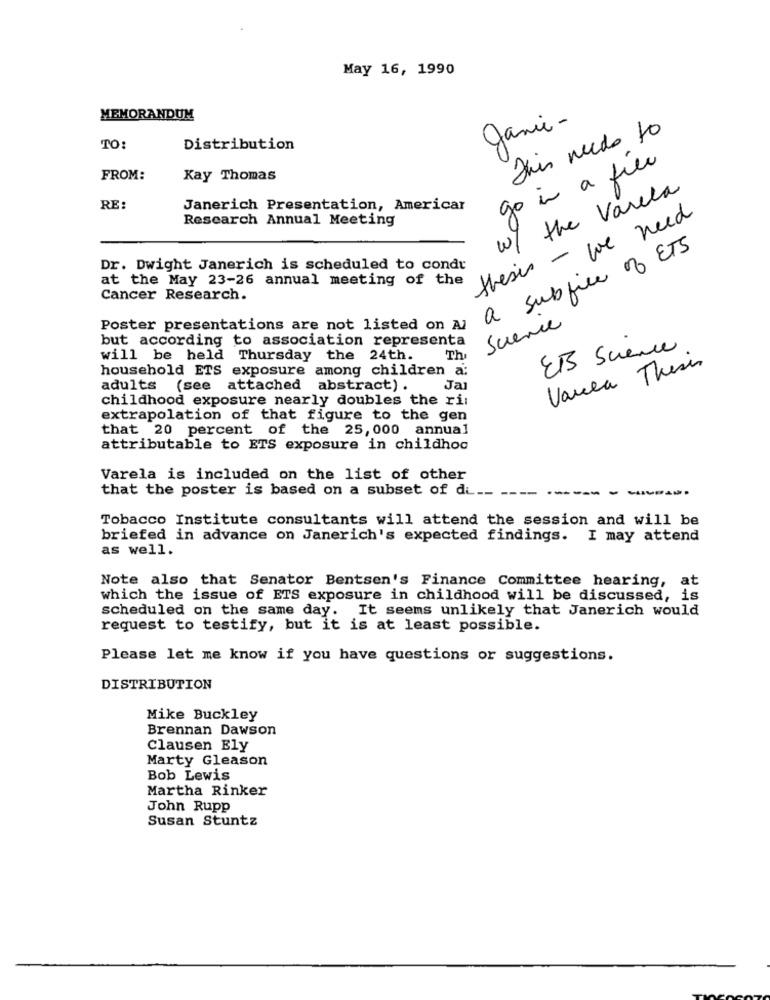
May 16, 1990
MEMORANDUM
Jamie -
This needs to
TO:
Distribution
go in a file
FROM:
Kay Thomas
w/ the Varela
RE:
Janerich Presentation, Americar
Research Annual Meeting
thesis - we need
a subfice of ETS
Dr. Dwight Janerich is scheduled to condt
at the May 23-26 annual meeting of the
Cancer Research.
Poster presentations are not listed on Al
Science
but according to association representa
EB Science
will be held Thursday the 24th.
Thi
household ETS exposure among children a:
Varea Thesis
adults (see attached abstract) .
Jal
childhood exposure nearly doubles the ri:
extrapolation of that figure to the gen
that 20 percent of the 25, 000 annual
attributable to ETS exposure in childhoc
Varela is included on the list of other
that the poster is based on a subset of di __
-
Tobacco Institute consultants will attend the session and will be
briefed in advance on Janerich's expected findings. I may attend
as well.
Note also that Senator Bentsen's Finance Committee hearing, at
which the issue of ETS exposure in childhood will be discussed, is
scheduled on the same day. It seems unlikely that Janerich would
request to testify, but it is at least possible.
Please let me know if you have questions or suggestions.
DISTRIBUTION
Mike Buckley
Brennan Dawson
Clausen Ely
Marty Gleason
Bob Lewis
Martha Rinker
John Rupp
Susan Stuntz